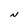
Character: N